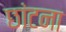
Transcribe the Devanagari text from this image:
छांटना